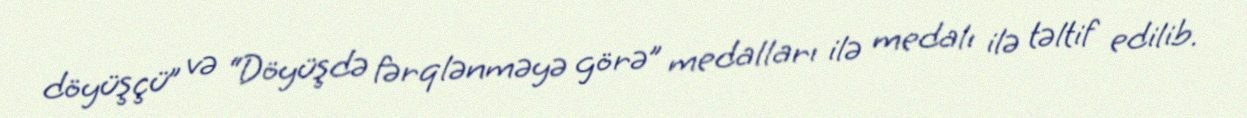
döyüşçü” və “Döyüşdə fərqlənməyə görə” medalları ilə medalı ilə təltif edilib.